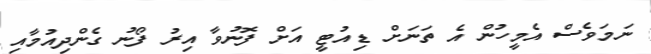
ނަމަވެސް އެމީހުން އެ ތަނަށް ޑިއުޓީ އަށް ފޮނުވާ އިރު ފޯނު ގެންދިއުމާއި